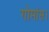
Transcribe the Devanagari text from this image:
गोमांस।